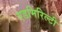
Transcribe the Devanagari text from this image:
एडमिरिल्टी